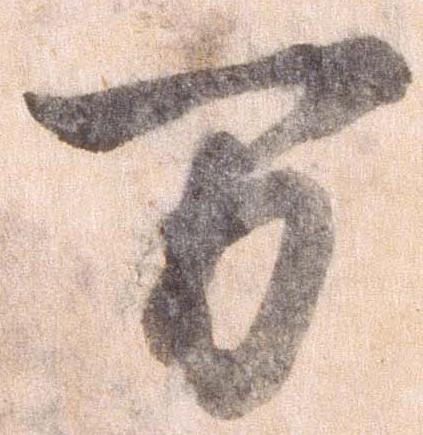
万